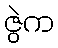
ဇွဲက